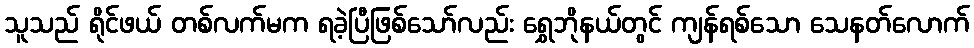
သူသည် ရိုင်ဖယ် တစ်လက်မက ရခဲ့ပြီဖြစ်သော်လည်း ရွှေဘိုနယ်တွင် ကျန်ရစ်သော သေနတ်လောက်